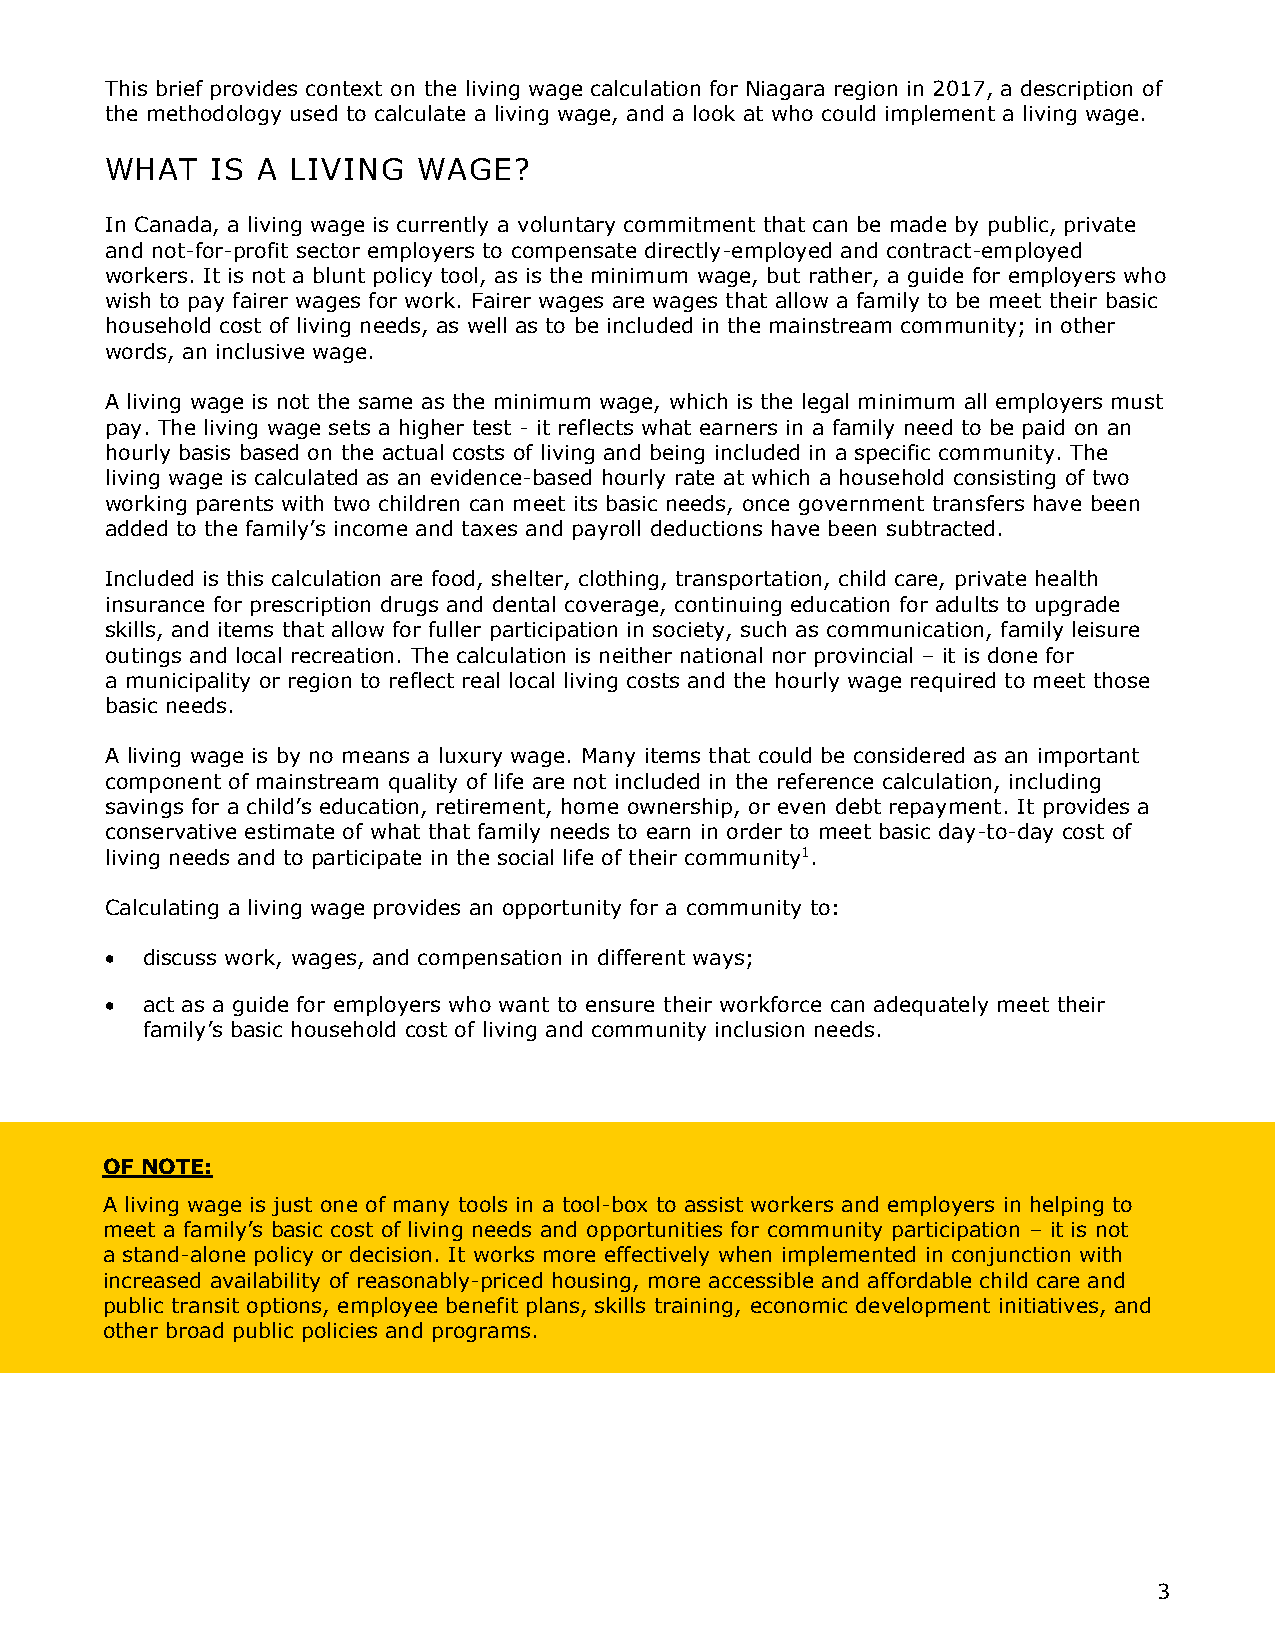
This brief provides context on the living wage calculation for Niagara region in 2017, a description of
 the methodology used to calculate a living wage, and a look at who could implement a living wage.
 WHAT   IS A LIVING   WAGE?
 In Canada, a living wage is currently a voluntary commitment that can be made by public, private
 and not-for-profit sector employers to compensate directly-employed and contract-employed
 workers. It is not a blunt policy tool, as is the minimum wage, but rather, a guide for employers who
 wish to pay fairer wages for work. Fairer wages are wages that allow a family to be meet their basic
 household cost of living needs, as well as to be included in the mainstream community; in other
 words, an inclusive wage.
 A living wage is not the same as the minimum wage, which is the legal minimum all employers must
 pay. The living wage sets a higher test - it reflects what earners in a family need to be paid on an
 hourly basis based on the actual costs of living and being included in a specific community. The
 living wage is calculated as an evidence-based hourly rate at which a household consisting of two
 working parents with two children can meet its basic needs, once government transfers have been
 added to the family’s income and taxes and payroll deductions have been subtracted.
 Included is this calculation are food, shelter, clothing, transportation, child care, private health
 insurance for prescription drugs and dental coverage, continuing education for adults to upgrade
 skills, and items that allow for fuller participation in society, such as communication, family leisure
 outings and local recreation. The calculation is neither national nor provincial – it is done for
 a municipality or region to reflect real local living costs and the hourly wage required to meet those
 basic needs.
 A living wage is by no means a luxury wage. Many items that could be considered as an important
 component of mainstream quality of life are not included in the reference calculation, including
 savings for a child’s education, retirement, home ownership, or even debt repayment. It provides a
 conservative estimate of what that family needs to earn in order to meet basic day-to-day cost of
 living needs and to participate in the social life of their community1.
 Calculating a living wage provides an opportunity for a community to:
  discuss work, wages, and compensation in different ways;
  act as a guide for employers who want to ensure their workforce can adequately meet their
 family’s basic household cost of living and community inclusion needs.
 OF NOTE:
 A living wage is just one of many tools in a tool-box to assist workers and employers in helping to
 meet a family’s basic cost of living needs and opportunities for community participation – it is not
 a stand-alone policy or decision. It works more effectively when implemented in conjunction with
 increased availability of reasonably-priced housing, more accessible and affordable child care and
 public transit options, employee benefit plans, skills training, economic development initiatives, and
 other broad public policies and programs.
 3